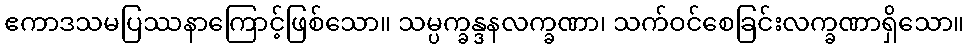
ဧကာဒသမပြဿနာကြောင့်ဖြစ်သော။ သမ္ပက္ခန္ဒနလက္ခဏာ၊ သက်ဝင်စေခြင်းလက္ခဏာရှိသော။